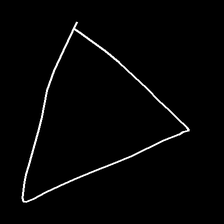
Glyph: convergence